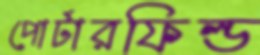
পোর্টারফিল্ড